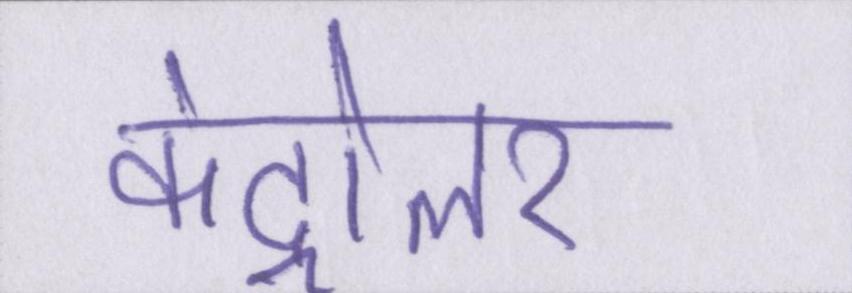
कंट्रोलर